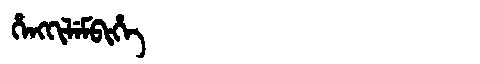
Manchu: ᡥᡝᠩᡴᡳᠯᡝᠮᠪᡳᡥᡝ
Romanization: HENGKILEMBIHE